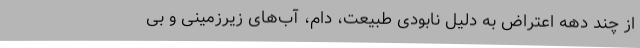
از چند دهه اعتراض به دلیل نابودی طبیعت، دام، آب‌های زیرزمینی و بی